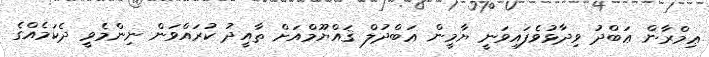
ޢިމްރާން ޢަބްދު ވިދާޅުވެފައިވަނީ ޔާމީން ޢަބްދުލް ޤައްޔޫމްއަށް ތާއީދު ކުރައްވަން ނިންމެވީ ދެކަމެއްގެ